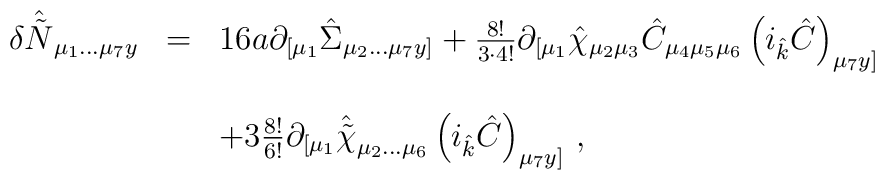
\begin{array}{rcl}\delta  \hat{\tilde{N}}_{\mu_{1}\ldots\mu_{7}y} & = &16 a \partial_{[\mu_{1}}\hat{\Sigma}_{\mu_{2}\ldots\mu_{7}y]}+ \frac{8!}{3\cdot 4!} \partial_{[\mu_{1}}\hat{\chi}_{\mu_{2}\mu_{3}}\hat{C}_{\mu_{4}\mu_{5}\mu_{6}} \left(i_{\hat{k}} \hat{C} \right)_{\mu_{7}y]}\\& & \\& & +3 \frac{8!}{6!}  \partial_{[\mu_{1}}\hat{\tilde{\chi}}_{\mu_{2}\ldots\mu_{6}}\left(i_{\hat{k}} \hat{C} \right)_{\mu_{7}y]}\, ,\\\end{array}